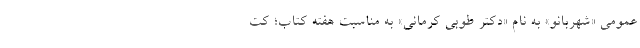
عمومی «شهربانو» به نام «دکتر طوبی کرمانی» به مناسبت هفته کتاب؛ کت